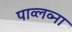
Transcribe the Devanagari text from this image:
पाव्लव्ना